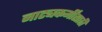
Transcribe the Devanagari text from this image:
नाट्यकर्मींसाठी